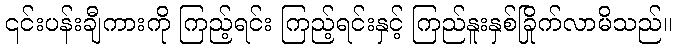
၎င်းပန်းချီကားကို ကြည့်ရင်း ကြည့်ရင်းနှင့် ကြည်နူးနှစ်ခြိုက်လာမိသည်။